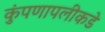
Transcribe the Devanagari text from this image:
कुंपणापलीकडे